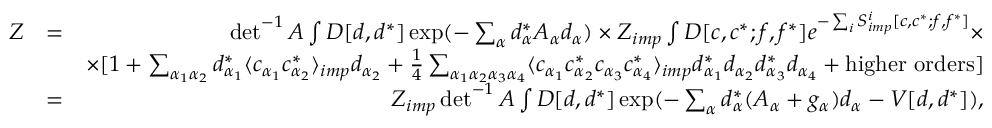
\begin{array} { r l r } { { \cal Z } } & { = } & { \operatorname* { d e t } ^ { - 1 } A \int { \cal D } [ d , d ^ { * } ] \exp ( - \sum _ { \alpha } d _ { \alpha } ^ { * } A _ { \alpha } d _ { \alpha } ) \times { \cal Z } _ { i m p } \int { \cal D } [ c , c ^ { * } ; f , f ^ { * } ] e ^ { - \sum _ { i } S _ { i m p } ^ { i } [ c , c ^ { * } ; f , f ^ { * } ] } \times } \\ & { } & { \times [ 1 + \sum _ { \alpha _ { 1 } \alpha _ { 2 } } d _ { \alpha _ { 1 } } ^ { * } \langle c _ { \alpha _ { 1 } } c _ { \alpha _ { 2 } } ^ { * } \rangle _ { i m p } d _ { \alpha _ { 2 } } + \frac { 1 } { 4 } \sum _ { \alpha _ { 1 } \alpha _ { 2 } \alpha _ { 3 } \alpha _ { 4 } } \langle c _ { \alpha _ { 1 } } c _ { \alpha _ { 2 } } ^ { * } c _ { \alpha _ { 3 } } c _ { \alpha _ { 4 } } ^ { * } \rangle _ { i m p } d _ { \alpha _ { 1 } } ^ { * } d _ { \alpha _ { 2 } } d _ { \alpha _ { 3 } } ^ { * } d _ { \alpha _ { 4 } } + \mathrm { h i g h e r ~ o r d e r s } ] } \\ & { = } & { { \cal Z } _ { i m p } \operatorname* { d e t } ^ { - 1 } A \int { \cal D } [ d , d ^ { * } ] \exp ( - \sum _ { \alpha } d _ { \alpha } ^ { * } ( A _ { \alpha } + g _ { \alpha } ) d _ { \alpha } - V [ d , d ^ { * } ] ) , } \end{array}